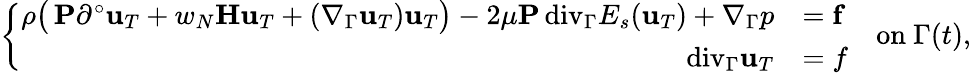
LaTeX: \left\{ \begin{array}{rl}{\rho\big(\, \mathbf P\partial^{\circ}\mathbf u_{T}+w_{N}\mathbf H\mathbf u_{T}+(\nabla_{\Gamma}\mathbf u_{T})\mathbf u_{T}\big)-2\mu\mathbf P{\mathop{\, \mathrm{div}}}_{\Gamma}E_{s}(\mathbf u_{T})+\nabla_{\Gamma}p}&{=\mathbf f}\\ {{\mathop{\, \mathrm{div}}}_{\Gamma}\mathbf u_{T}}&{=f}\end{array}\right.\quad\mathrm{on}~\Gamma(t),